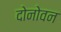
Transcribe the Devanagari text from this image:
दोनोवन